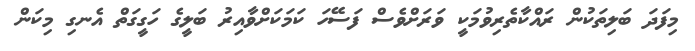
މިފަދަ ބަލިތަކުން ރައްކާތެރިވުމަކީ ވަރަށްވެސް ފަސޭހަ ކަމަކަށްވާއިރު ބަލީގެ ހަގީގަތް އެނގި މިކަން